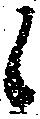
候